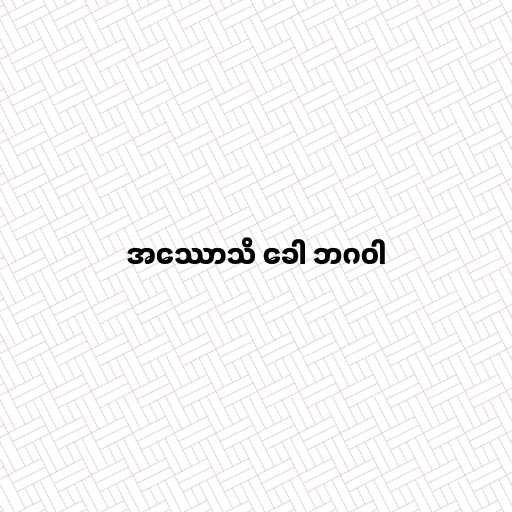
အဿောသိ ခေါ ဘဂဝါ